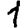
Digit: 1